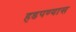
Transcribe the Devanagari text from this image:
हडपण्यास